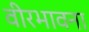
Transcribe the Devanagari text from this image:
वीरभावना